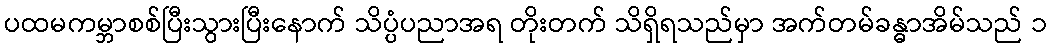
ပထမကမ္ဘာစစ်ပြီးသွားပြီးနောက် သိပ္ပံပညာအရ တိုးတက် သိရှိရသည်မှာ အက်တမ်ခန္ဓာအိမ်သည် ၁